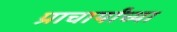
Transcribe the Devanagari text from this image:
प्राचार्यांच्या